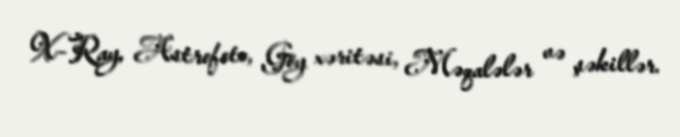
X-Ray, Astrofoto, Göy xəritəsi, Məqalələr və şəkillər.